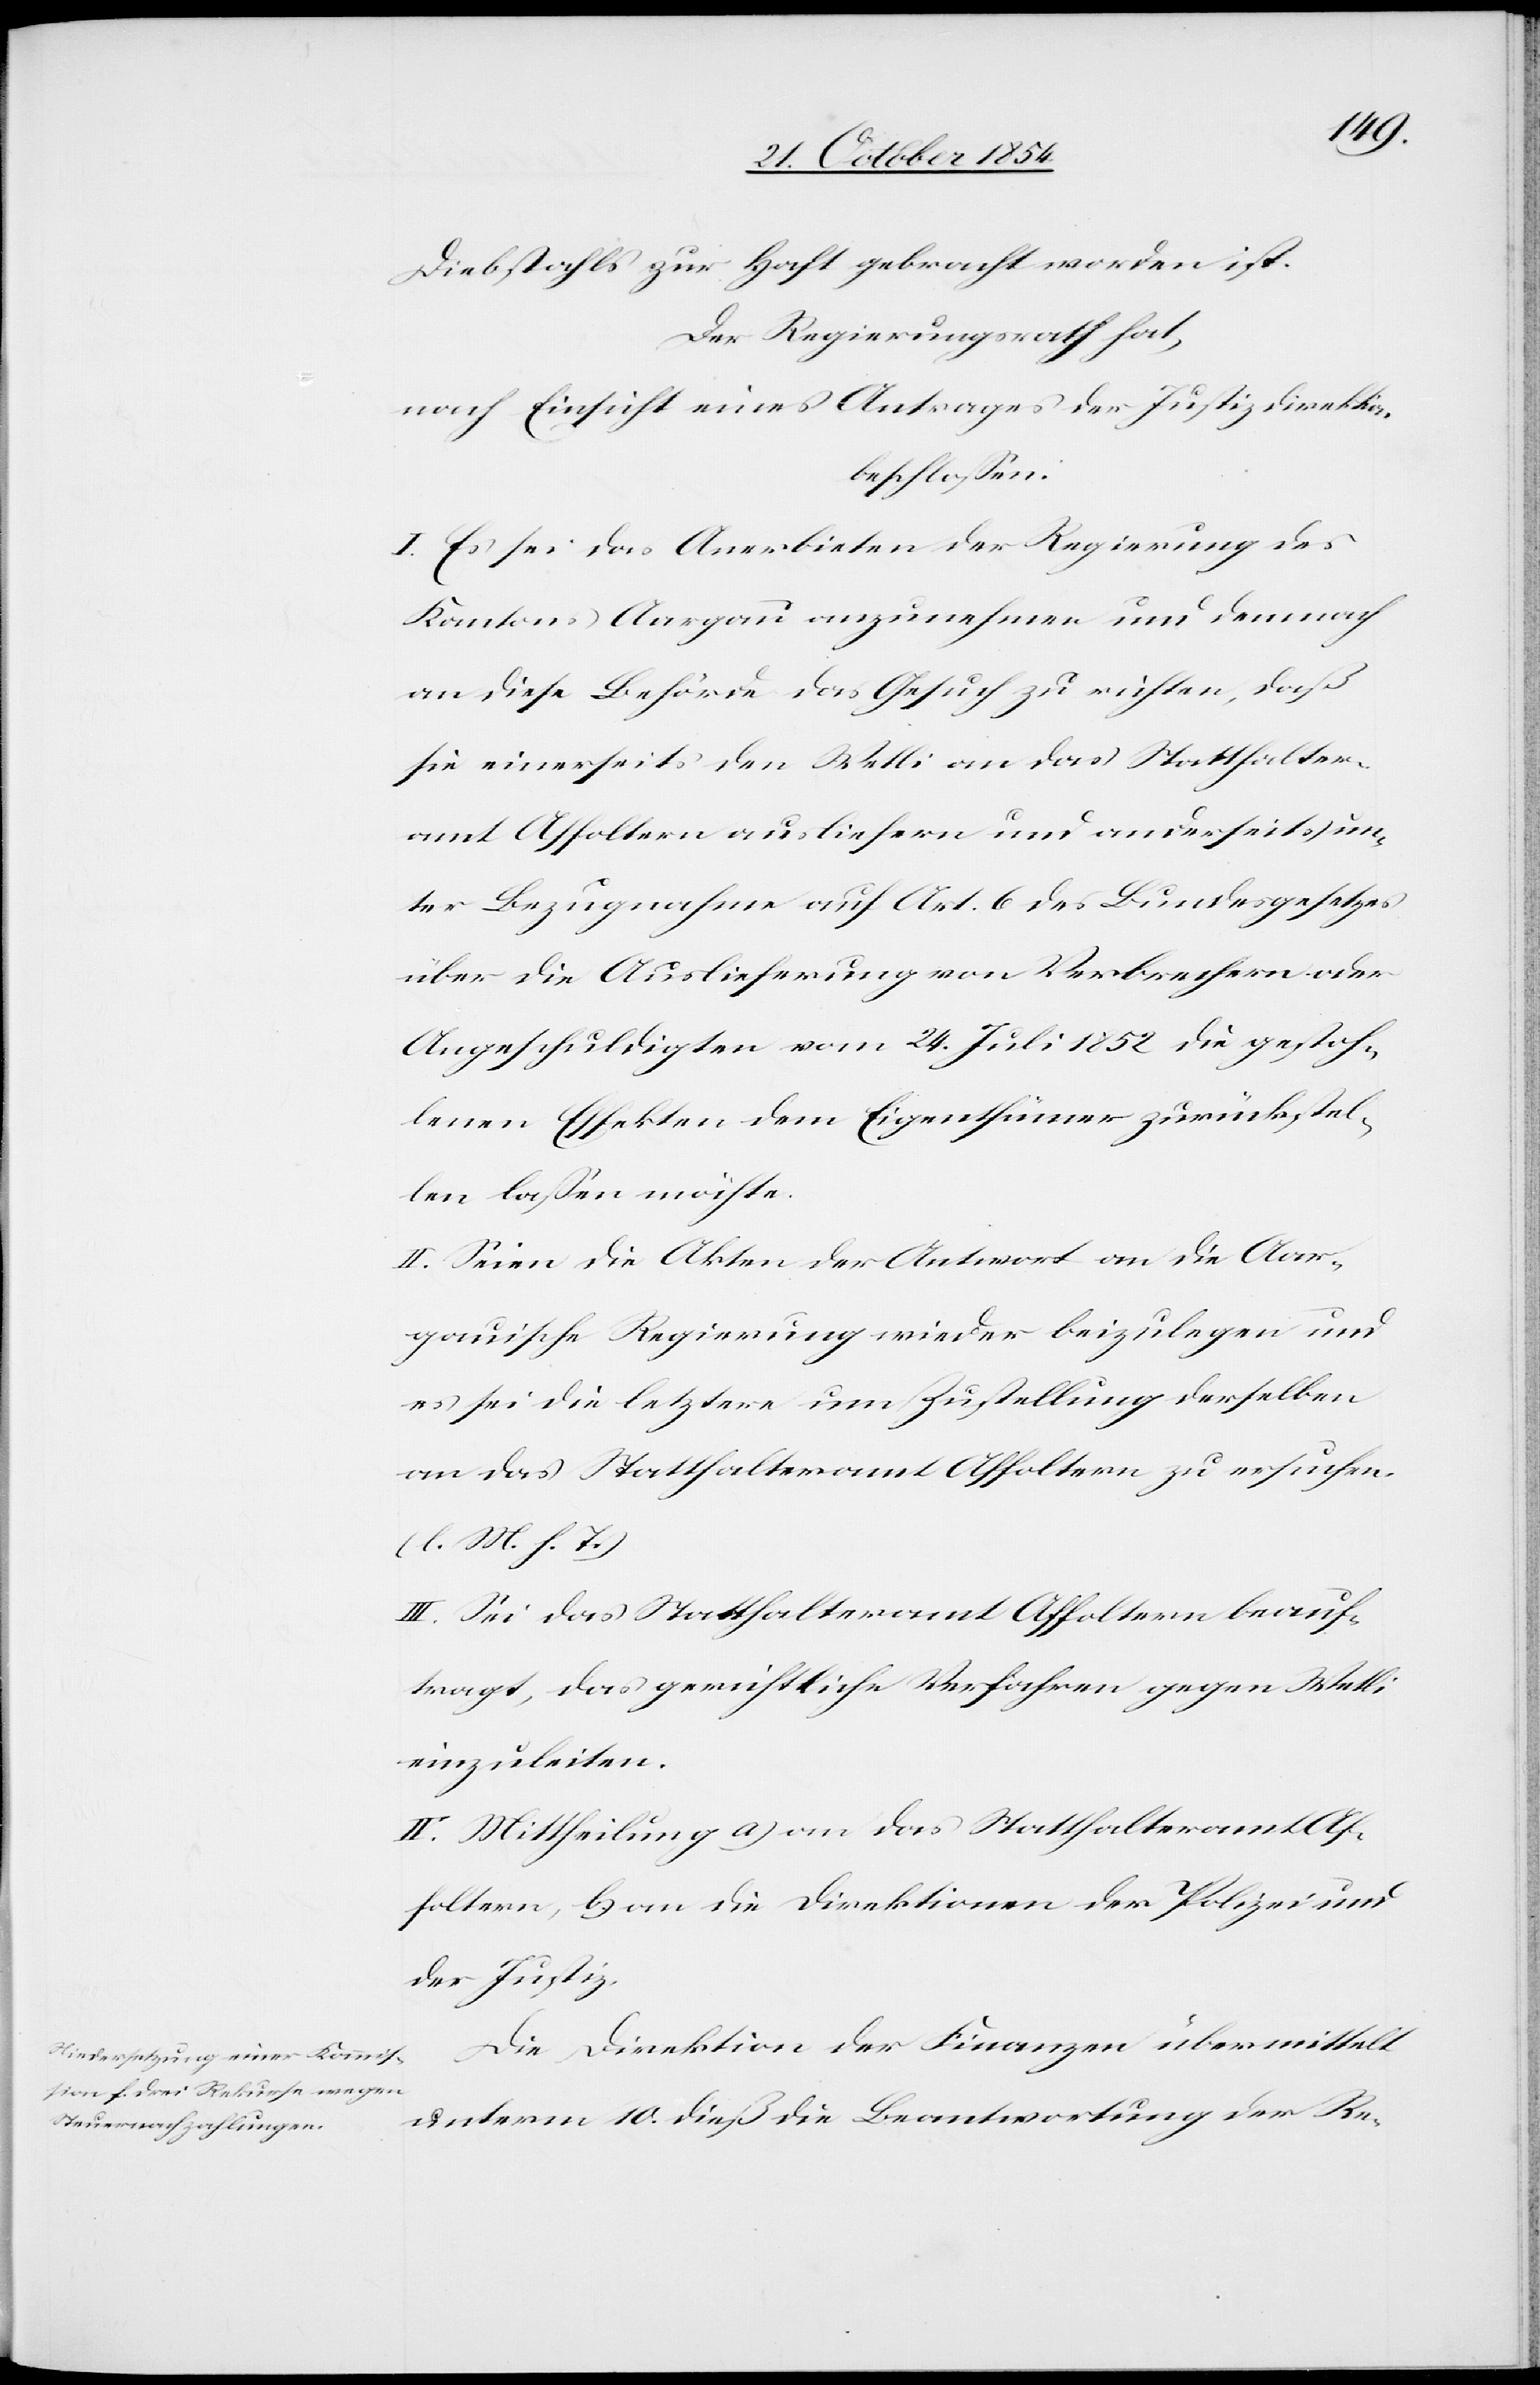
Diebstahls zur Haft gebracht worden ist.
Der Regierungsrath hat,
nach Einsicht eines Antrages der Justizdirektion,
beschloßen:
I. Es sei das Anerbieten der Regierung des
Kantons Aargau anzunehmen und demnach
an diese Behörde das Gesuch zu richten, daß
sie einerseits den Wetli an das Statthalter¬
amt Affoltern ausliefern und anderseits un¬
ter Bezugnahme auf Art. & des Bundesgesetzes
über die Auslieferung von Verbrechern oder
Angeschuldigten vom 24. Juli 1852 die gestoh¬
lenen Effekten dem Eigenthümer zurückstel¬
len laßen möchte.
II. Seien die Akten der Antwort an die Aar¬
gauische Regierung wieder beizulegen und
es sei die letztere um Zustellung derselben
an das Statthalteramt Affoltern zu ersuchen.
(l. M. h. T.)
III. Sei das Statthalteramt Affoltern beauf¬
tragt, das gerichtliche Verfahren gegen Wetli
einzuleiten.
IV. Mittheilung a) an das Statthalteramt Af¬
foltern, b) an die Direktionen der Polizei und
der Justiz.
Die Direktion der Finanzen übermittelt
unterm 10. dieß die Beantwortung der Re-